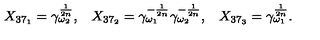
\begin{array} { l l l } { X _ { 3 7 _ { 1 } } = \gamma _ { \omega _ { 2 } } ^ { \frac { 1 } { 2 n } } , } & { X _ { 3 7 _ { 2 } } = \gamma _ { \omega _ { 1 } } ^ { - \frac { 1 } { 2 n } } \gamma _ { \omega _ { 2 } } ^ { - \frac { 1 } { 2 n } } , } & { X _ { 3 7 _ { 3 } } = \gamma _ { \omega _ { 1 } } ^ { \frac { 1 } { 2 n } } . } \\ \end{array}